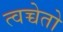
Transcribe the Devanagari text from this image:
त्वच्चेतो